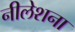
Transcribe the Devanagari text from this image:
नीलेशना